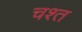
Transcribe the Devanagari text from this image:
चश्त